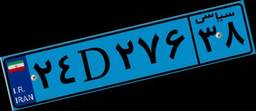
۲۴D۲۷۶۳۸